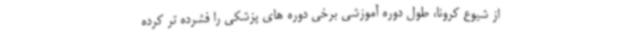
از شیوع کرونا، طول دوره آموزشی برخی دوره های پزشکی را فشرده تر کرده